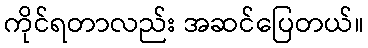
ကိုင်ရတာလည်း အဆင်ပြေတယ်။